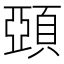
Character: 𩓩